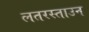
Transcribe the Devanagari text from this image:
लतरस्ताउन